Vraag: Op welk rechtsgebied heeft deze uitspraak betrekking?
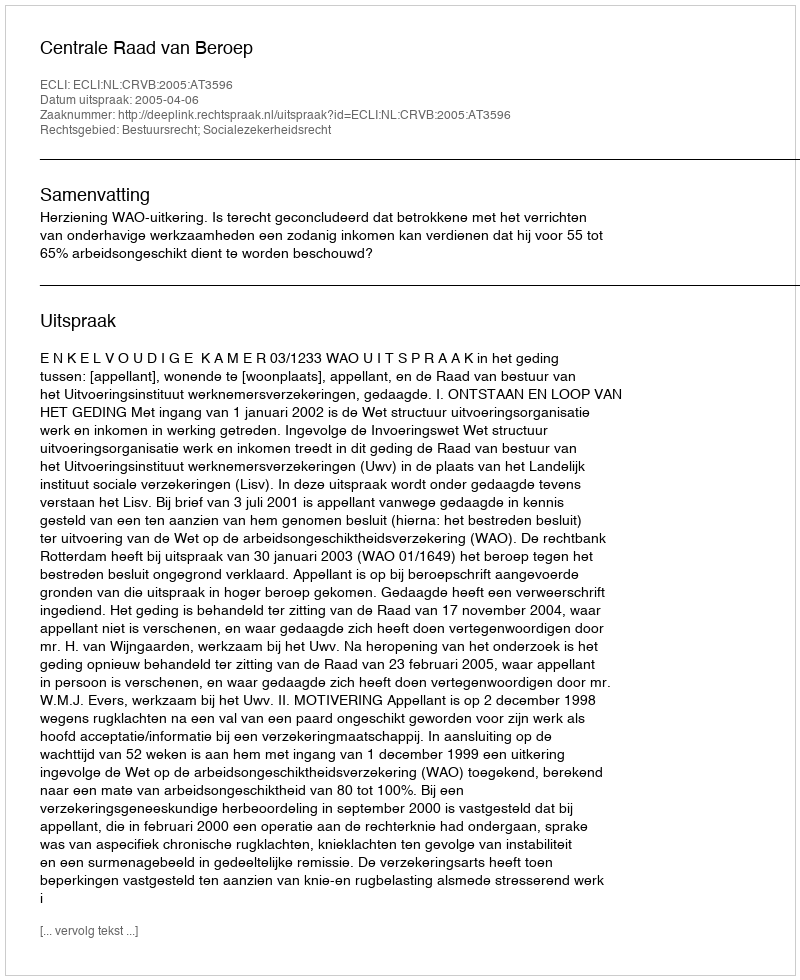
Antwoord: Bestuursrecht; Socialezekerheidsrecht